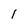
Character: 1